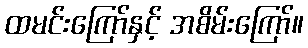
ထမင်းကြော်နှင့် အစိမ်းကြော်။